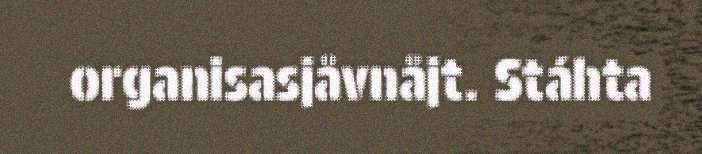
organisasjåvnåjt. Stáhta